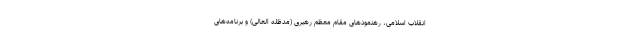
انقلاب اسلامی، رهنمودهای مقام معظم رهبری (مدظله العالی) و برنامه‌های